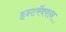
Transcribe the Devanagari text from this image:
इन्टरॅक्शन